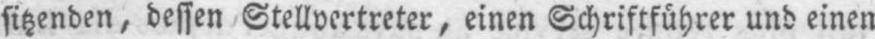
sitzenden, dessen Stellvertreter, einen Schriftführer und einen